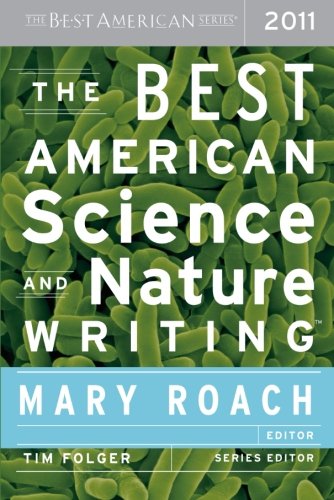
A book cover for The Best American Science and Nature Writing 2011; Science & Math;